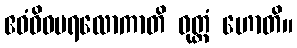
ဧဝံဝိဓပရလောကာတိ ဝုတ္တံ ဟောတိ။